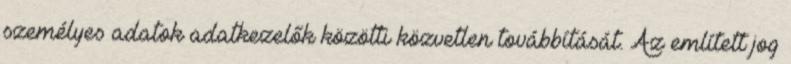
személyes adatok adatkezelők közötti közvetlen továbbítását. Az említett jog